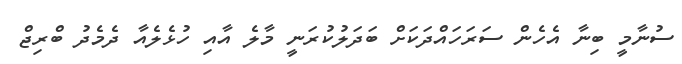
ސުނާމީ ބިނާ އެހެން ސަރަހައްދަކަށް ބަދަލުކުރަނީ މާލެ އާއި ހުޅެލެއާ ދެމެދު ބްރިޖް